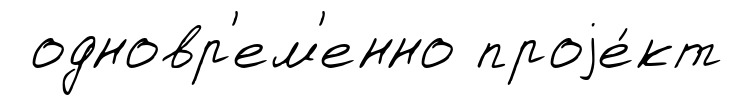
одновр'ем'енно проjе́кт